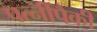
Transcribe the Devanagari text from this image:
पत्‍नींपैकी